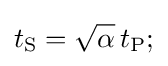
t_{\text{S}}={\sqrt {\alpha }}\,t_{\text{P}};